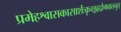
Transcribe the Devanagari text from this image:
प्रमेहश्वासकासार्शःकृच्छ्रहृद्रोगवातनुत्